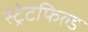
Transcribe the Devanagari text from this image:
स्ट्रेटफिल्ड